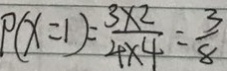
P ( x = 1 ) = \frac { 3 \times 2 } { 4 \times 4 } = \frac { 3 } { 8 }